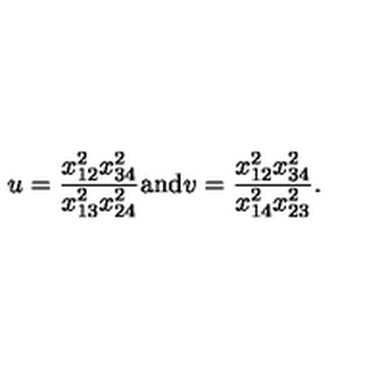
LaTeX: u = \frac { x _ { 1 2 } ^ { 2 } x _ { 3 4 } ^ { 2 } } { x _ { 1 3 } ^ { 2 } x _ { 2 4 } ^ { 2 } } \mathrm { a n d } v = \frac { x _ { 1 2 } ^ { 2 } x _ { 3 4 } ^ { 2 } } { x _ { 1 4 } ^ { 2 } x _ { 2 3 } ^ { 2 } } .